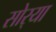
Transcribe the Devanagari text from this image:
सोर्‍या